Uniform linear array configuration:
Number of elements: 12
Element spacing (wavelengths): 0.5
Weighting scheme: hamming
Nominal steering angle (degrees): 15
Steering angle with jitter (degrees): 15.501
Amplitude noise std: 0.05
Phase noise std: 0.05

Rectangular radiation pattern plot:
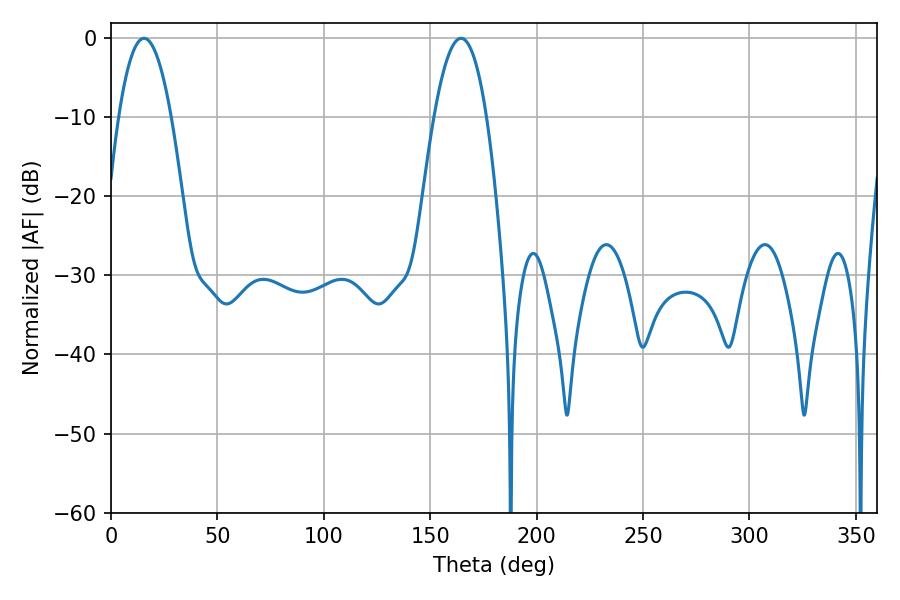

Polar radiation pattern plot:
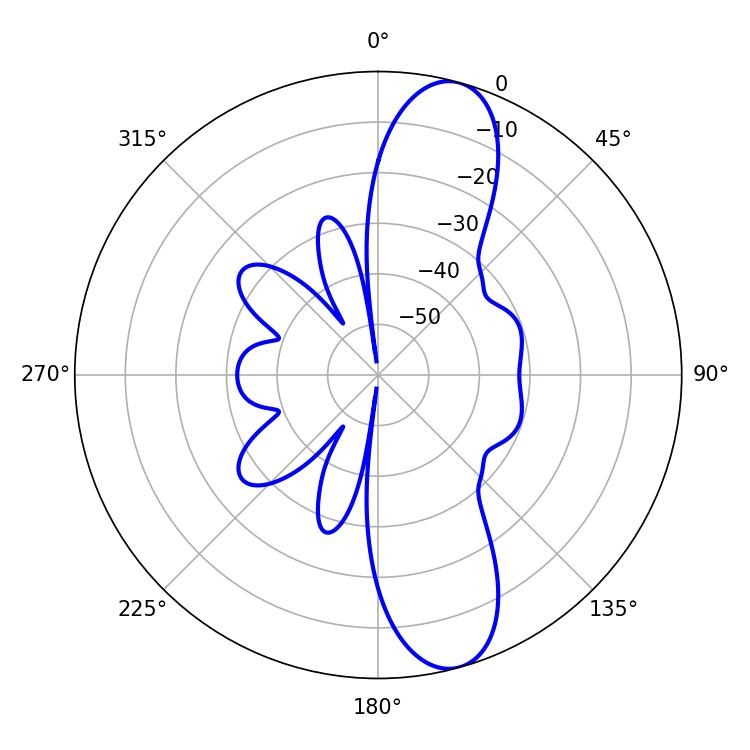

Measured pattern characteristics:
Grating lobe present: FALSE
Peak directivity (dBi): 11.634
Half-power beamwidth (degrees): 13.68
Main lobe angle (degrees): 15.48